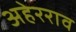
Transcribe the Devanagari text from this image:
अहेरराव